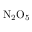
\mathrm { N } _ { 2 } \mathrm { O } _ { 5 }